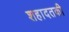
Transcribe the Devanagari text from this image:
शहादतकी